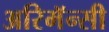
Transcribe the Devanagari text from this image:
अरिमॅन्सी